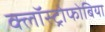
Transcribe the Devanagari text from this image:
क्लॉस्ट्रोफोबिया